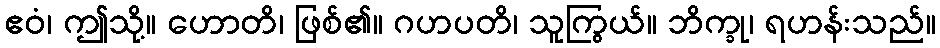
ဧဝံ၊ ဤသို့။ ဟောတိ၊ ဖြစ်၏။ ဂဟပတိ၊ သူကြွယ်။ ဘိက္ခု၊ ရဟန်းသည်။